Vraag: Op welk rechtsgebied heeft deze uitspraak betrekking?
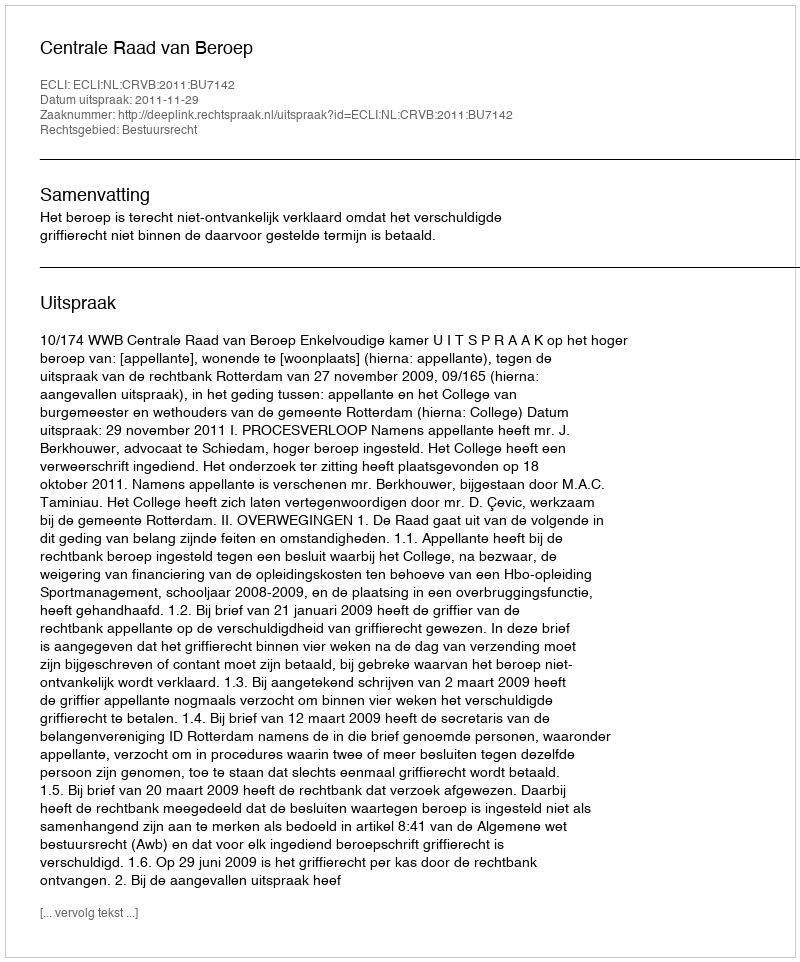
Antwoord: Bestuursrecht